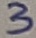
Text: 3